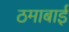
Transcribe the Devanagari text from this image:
ठमाबाई